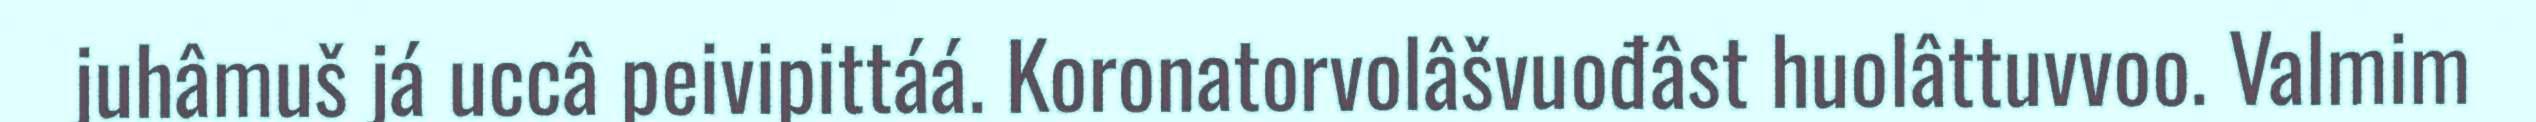
juhâmuš já uccâ peivipittáá. Koronatorvolâšvuođâst huolâttuvvoo. Valmim